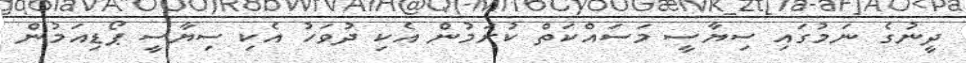
ދީނުގެ ނަމުގައި ސިޔާސީ މަސައްކަތް ކުރަމުން އެކި ދުވަހު އެކި ސިޔާސީ ޕޯޑިއަމުން